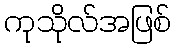
ကုသိုလ်အဖြစ်